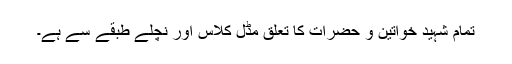
تمام شہید خواتین و حضرات کا تعلق مڈل کلاس اور نچلے طبقے سے ہے۔